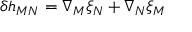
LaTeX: \delta h _ { M N } = \nabla _ { M } \xi _ { N } + \nabla _ { N } \xi _ { M }